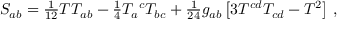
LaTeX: S _ { a b } = \textstyle { \frac { 1 } { 1 2 } } T T _ { a b } - \textstyle { \frac { 1 } { 4 } } T _ { a } { } ^ { c } T _ { b c } + \textstyle { \frac { 1 } { 2 4 } } g _ { a b } \left[ 3 T ^ { c d } T _ { c d } - T ^ { 2 } \right] \, ,